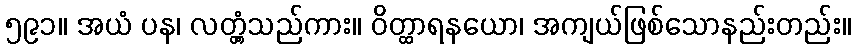
၅၉၁။ အယံ ပန၊ လတ္တံ့သည်ကား။ ဝိတ္ထာရနယော၊ အကျယ်ဖြစ်သောနည်းတည်း။